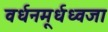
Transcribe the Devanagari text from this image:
वर्धनमूर्धध्वजा